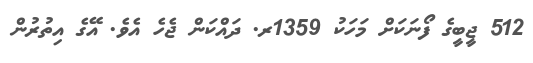
512 ޖީބީގެ ފޯނަކަށް މަހަކު 1359ރ. ދައްކަން ޖެހެ އެވެ. އޭގެ އިތުރުން